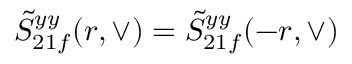
\tilde { S } _ { 2 1 f } ^ { y y } ( r , \vee ) = \tilde { S } _ { 2 1 f } ^ { y y } ( - r , \vee )